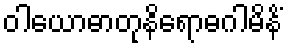
ဝါယောဓာတုနိရောဓဂါမိနိံ